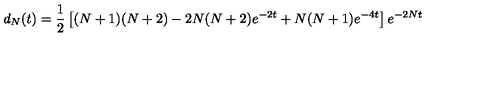
d _ { N } ( t ) = \frac { 1 } { 2 } \left[ ( N + 1 ) ( N + 2 ) - 2 N ( N + 2 ) e ^ { - 2 t } + N ( N + 1 ) e ^ { - 4 t } \right] e ^ { - 2 N t }